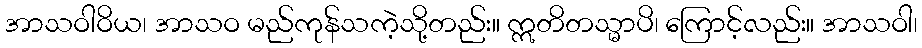
အာသဝါဝိယ၊ အာသဝ မည်ကုန်သကဲ့သို့တည်း။ ဣတိတသ္မာပိ၊ ကြောင့်လည်း။ အာသဝါ၊